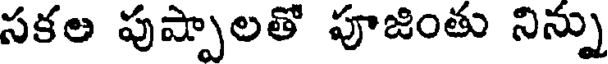
సకల పుష్పాలతో పూజింతు నిన్ను